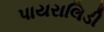
પાયરાલિડી